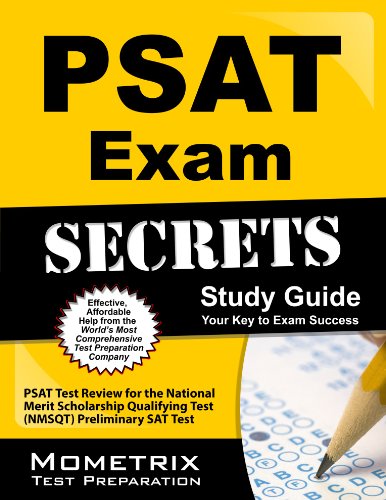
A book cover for PSAT Exam Secrets Study Guide: PSAT Test Review for the National Merit Scholarship Qualifying Test (NMSQT) Preliminary SAT Test; PSAT Exam Secrets Test Prep Team; Test Preparation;